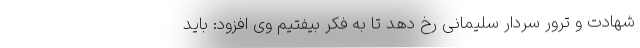
شهادت و ترور سردار سلیمانی رخ دهد تا به فکر بیفتیم وی افزود: باید